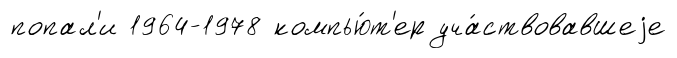
попал'и 1964-1978 компью́т'ер уча́ствовавшеjе